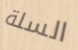
السلة